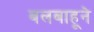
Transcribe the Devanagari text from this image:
बलबाहूने